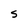
Character: S